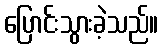
ပြောင်းသွားခဲ့သည်။